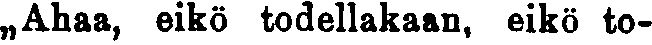
„Ahaa, eikö todellakaan, eikö to-